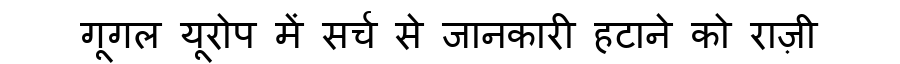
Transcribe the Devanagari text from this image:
गूगल यूरोप में सर्च से जानकारी हटाने को राज़ी